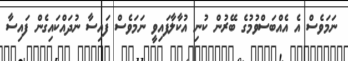
ނަމަވެސް އެ އެއްބަސްވުމުގެ ބޭރުން ކުނި އުކާލާފައިވީ ނަމަވެސް ފައިސާ ނުދައްކައިގެން ފައިސާ